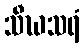
သီဃသရံ